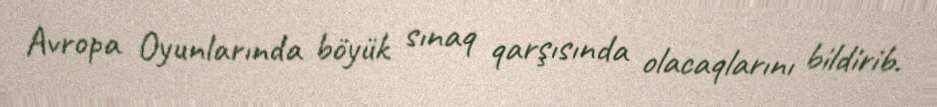
Avropa Oyunlarında böyük sınaq qarşısında olacaqlarını bildirib.